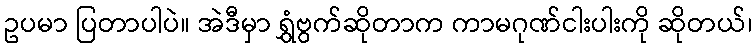
ဥပမာ ပြတာပါပဲ။ အဲဒီမှာ ရွှံဗွက်ဆိုတာက ကာမဂုဏ်ငါးပါးကို ဆိုတယ်၊